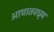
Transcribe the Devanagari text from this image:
आघातवध्र्य